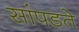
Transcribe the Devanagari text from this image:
सांपडते